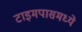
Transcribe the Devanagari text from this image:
टाइमपासमध्ये